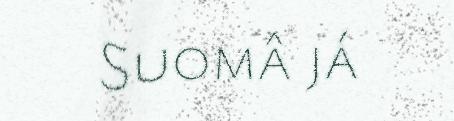
Suomâ já